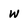
Character: w